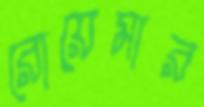
রোয়েমার